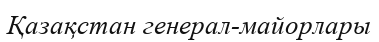
Қазақстан генерал-майорлары